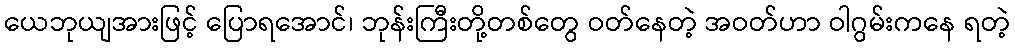
ယေဘုယျအားဖြင့် ပြောရအောင်၊ ဘုန်းကြီးတို့တစ်တွေ ဝတ်နေတဲ့ အဝတ်ဟာ ဝါဂွမ်းကနေ ရတဲ့